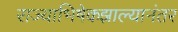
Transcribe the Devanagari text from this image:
राज्याभिषेकझाल्यानंतर